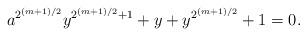
LaTeX: \begin{align*} a^{2^{(m+1)/2}} y^{2^{(m+1)/2} +1} + y + y^{2^{(m+1)/2}} + 1 =0.\end{align*}